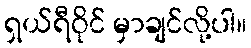
ရှယ်ရီဝိုင် မှာချင်လို့ပါ။